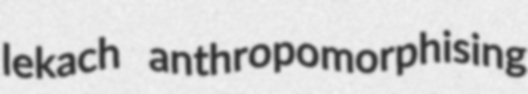
lekach anthropomorphising